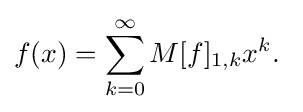
f(x)=\sum _{k=0}^{\infty }M[f]_{1,k}x^{k}.~